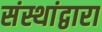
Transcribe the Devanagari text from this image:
संस्थांद्वारा